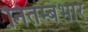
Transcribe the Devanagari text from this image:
नितम्बभार